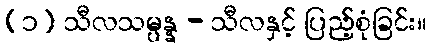
(၁) သီလသမ္ပန္န - သီလနှင့် ပြည့်စုံခြင်း။